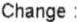
CHANGE: